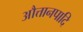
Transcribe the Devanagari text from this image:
औत्तानपादि